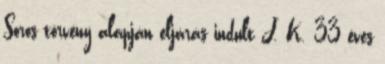
Soros törvény alapján eljárás indult J. K. 33 éves